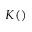
K ( )